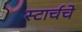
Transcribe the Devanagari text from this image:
स्टार्चचे